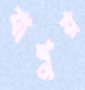
বাশুর